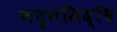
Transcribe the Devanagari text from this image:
मनुमसिद्धि